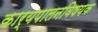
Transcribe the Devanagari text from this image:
कार्यपालनविषयक